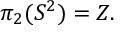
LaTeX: \pi _ { 2 } ( S ^ { 2 } ) = Z .